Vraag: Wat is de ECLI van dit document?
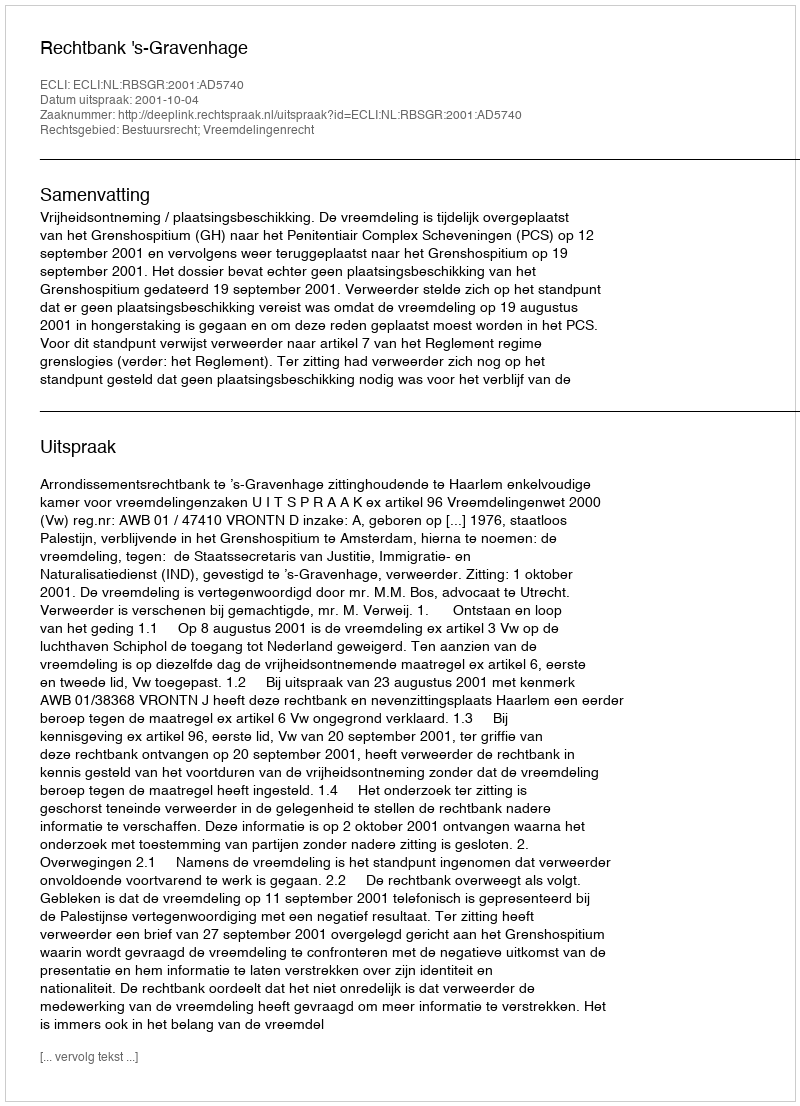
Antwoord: ECLI:NL:RBSGR:2001:AD5740